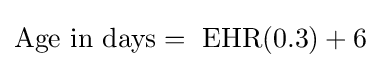
\mathrm {Age\ in\ days} =\ \mathrm {EHR} (0.3)+6